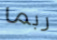
ربما